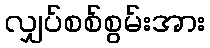
လျှပ်စစ်စွမ်းအား